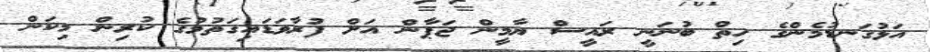
އަޅުގަނޑުމެންގެ ހިތް ބުނަނީ ރައީސް ޔާމީން ޖަޕާން އަށް ފުރާވަޑައިގަތުމުގެ ކުރިން މިކަން